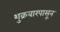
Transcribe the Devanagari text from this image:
शुक्रवारपासून